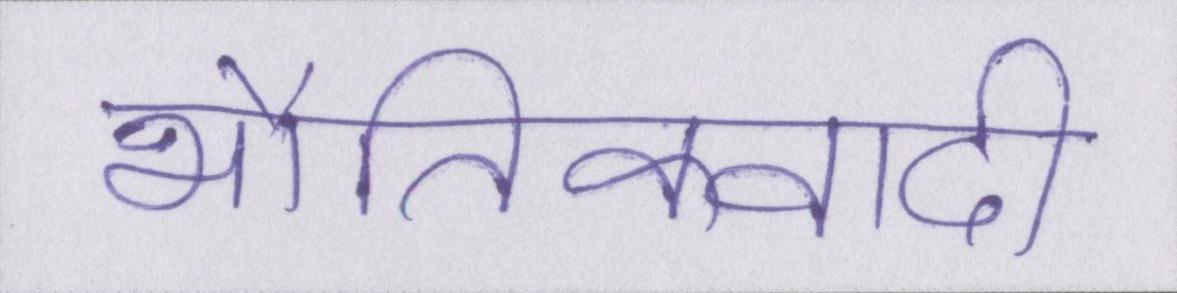
भौतिकवादी